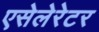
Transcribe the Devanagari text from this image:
एसेलेरेटर